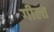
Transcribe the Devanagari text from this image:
गील्त